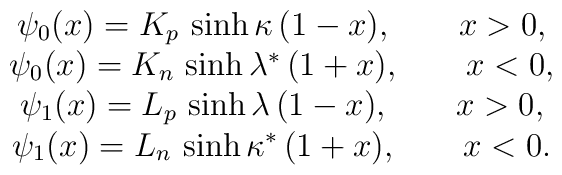
\begin{array}{c} \psi_0(x)=K_p\,\sinh \kappa\,(1-x), \ \ \ \ \ \ x > 0,\\ \psi_0(x)=K_n\,\sinh \lambda^*\,(1+x), \ \ \ \ \ \ x < 0,\\ \psi_1(x)=L_p\,\sinh \lambda\,(1-x), \ \ \ \ \ \ x > 0,\\ \psi_1(x)=L_n\,\sinh \kappa^*\,(1+x), \ \ \ \ \ \ x < 0. \end{array}